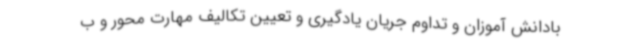
بادانش آموزان و تداوم جریان یادگیری و تعیین تکالیف مهارت محور و ب